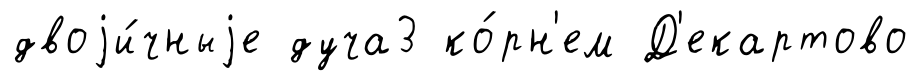
двоjи́чныjе дуча3 ко́рн'ем Д'екартово